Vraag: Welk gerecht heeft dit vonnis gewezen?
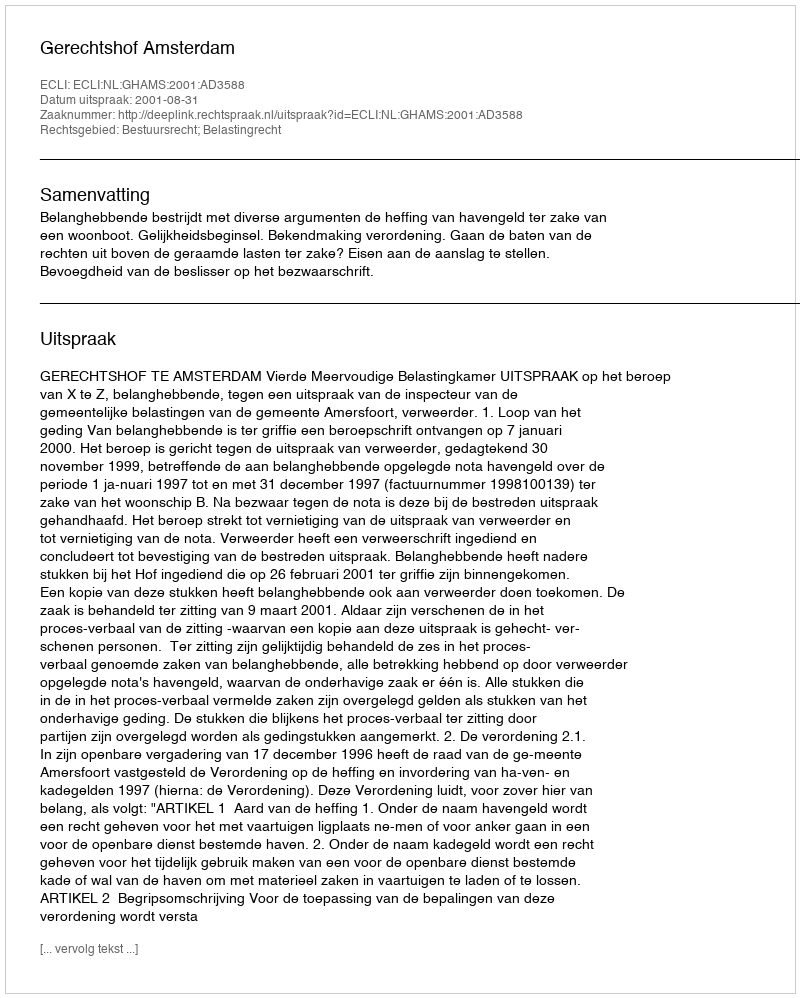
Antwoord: Gerechtshof Amsterdam